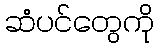
ဆံပင်တွေကို